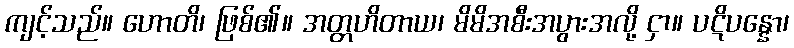
ကျင့်သည်။ ဟောတိ၊ ဖြစ်၏။ အတ္တဟိတာယ၊ မိမိအစီးအပွားအလို့ ငှာ။ ပဋိပန္နော၊